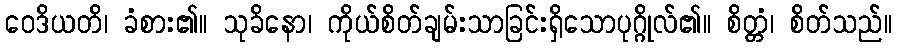
ဝေဒိယတိ၊ ခံစား၏။ သုခိနော၊ ကိုယ်စိတ်ချမ်းသာခြင်းရှိသောပုဂ္ဂိုလ်၏။ စိတ္တံ၊ စိတ်သည်။